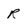
Character: R